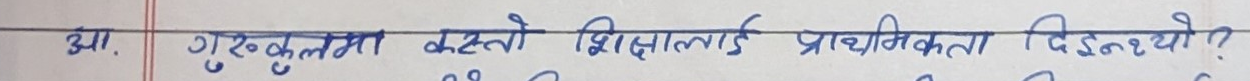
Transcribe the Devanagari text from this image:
आ. गुरुकुलमा कस्तो शिक्षालाई प्राथमिकता दिइनथ्यो ?